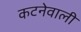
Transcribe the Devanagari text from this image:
कटनेवाली